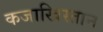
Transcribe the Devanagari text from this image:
कजाखिस्तान